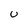
Character: U